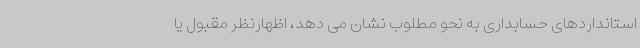
استانداردهای حسابداری به نحو مطلوب نشان می دهد، اظهارنظر مقبول یا